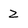
Character: z